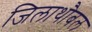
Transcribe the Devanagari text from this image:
जिलाथौबल